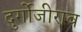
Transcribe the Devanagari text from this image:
दुर्गोजीराव